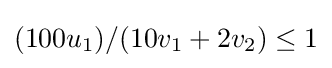
(100u_{1})/(10v_{1}+2v_{2})\leq 1